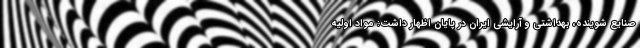
صنایع شوینده، بهداشتی و آرایشی ایران در پایان اظهار داشت: مواد اولیه